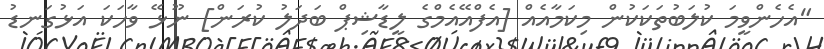
"އެހެންވީމަ ކުލަބުތަކަކުން މިކަމާއެއް [އެފްއޭއެމްގެ ލީޑާޝިޕް ބަދަލު ކުރަން] ނޫޅޭ ވާހަކަ އަޅުގަނޑު